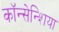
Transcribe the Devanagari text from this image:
कॉन्सेन्शिया